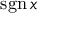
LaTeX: \operatorname { s g n } x